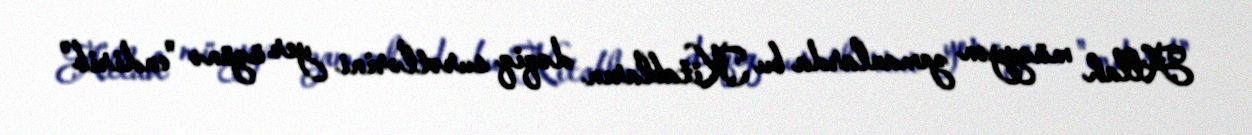
Allah müəyyən zamanlarda bu Kitabların dəqiq surətlərini yer üzünə "endirib"